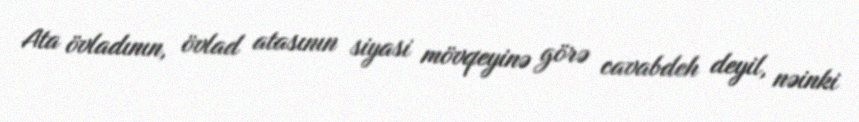
Ata övladının, övlad atasının siyasi mövqeyinə görə cavabdeh deyil, nəinki